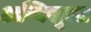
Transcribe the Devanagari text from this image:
अग्निसूक्त